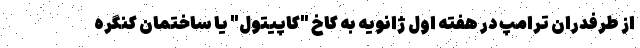
از طرفدران ترامپ در هفته اول ژانویه به کاخ "کاپیتول" یا ساختمان کنگره